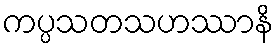
ကပ္ပသတသဟဿာနိ